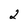
Character: 2